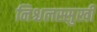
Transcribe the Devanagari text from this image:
निश्चलस्सुखी